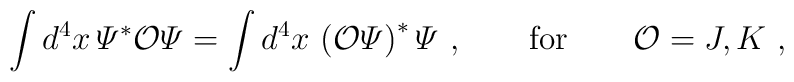
\int d^4 x\, {\mit\Psi}^\ast {\cal O} {\mit\Psi}= \int d^4 x\, \left( {\cal O} {\mit\Psi} \right)^\ast {\mit\Psi} \ ,\qquad\mbox{for}\qquad {\cal O} = J, K \ ,